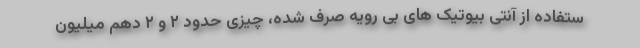
ستفاده از آنتی بیوتیک های بی رویه صرف شده، چیزی حدود ۲ و ۲ دهم میلیون